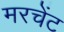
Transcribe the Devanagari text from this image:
मरचेंट